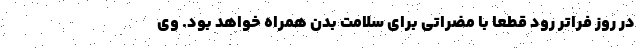
در روز فراتر رود قطعا با مضراتی برای سلامت بدن همراه خواهد بود. وی